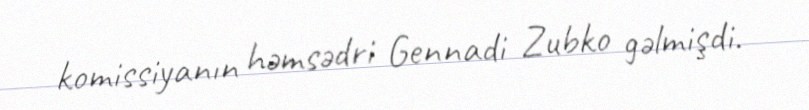
komissiyanın həmsədri Gennadi Zubko gəlmişdi.